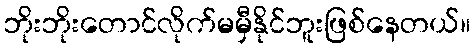
ဘိုးဘိုးတောင်လိုက်မမှီနိုင်ဘူးဖြစ်နေတယ်။